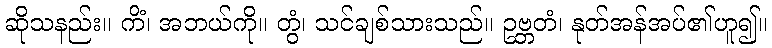
ဆိုသနည်း။ ကိံ၊ အဘယ်ကို။ တွံ၊ သင်ချစ်သားသည်။ ဥဗ္ဘတံ၊ နုတ်အန်အပ်၏ဟူ၍။